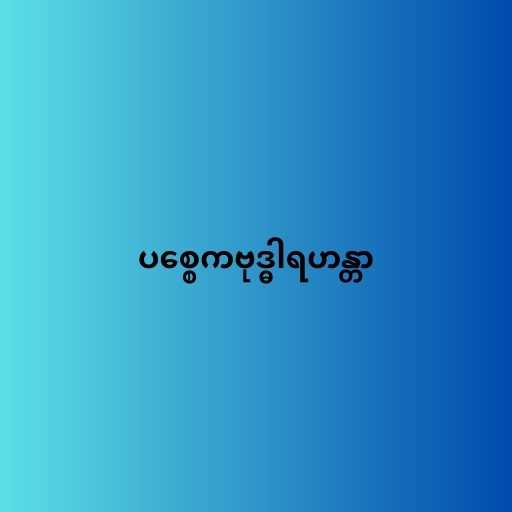
ပစ္စေကဗုဒ္ဓါရဟန္တာ